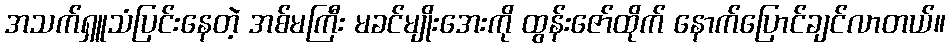
အသက်ရှူသံပြင်းနေတဲ့ အစ်မကြီး မခင်မျိုးအေးကို ထွန်းဇော်ထိုက် နောက်ပြောင်ချင်လာတယ်။